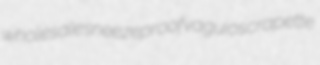
wholesale sneezeproof vaguios crapette